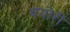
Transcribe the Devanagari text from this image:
थयोरी